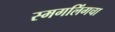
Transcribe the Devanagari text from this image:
स्मगलिंगचा